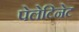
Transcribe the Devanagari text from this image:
पेलेटिनेट